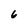
Character: 6